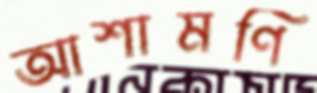
আশামণি